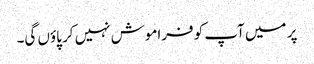
پر میں آپ کو فراموش نہیں کر پاؤں گی۔